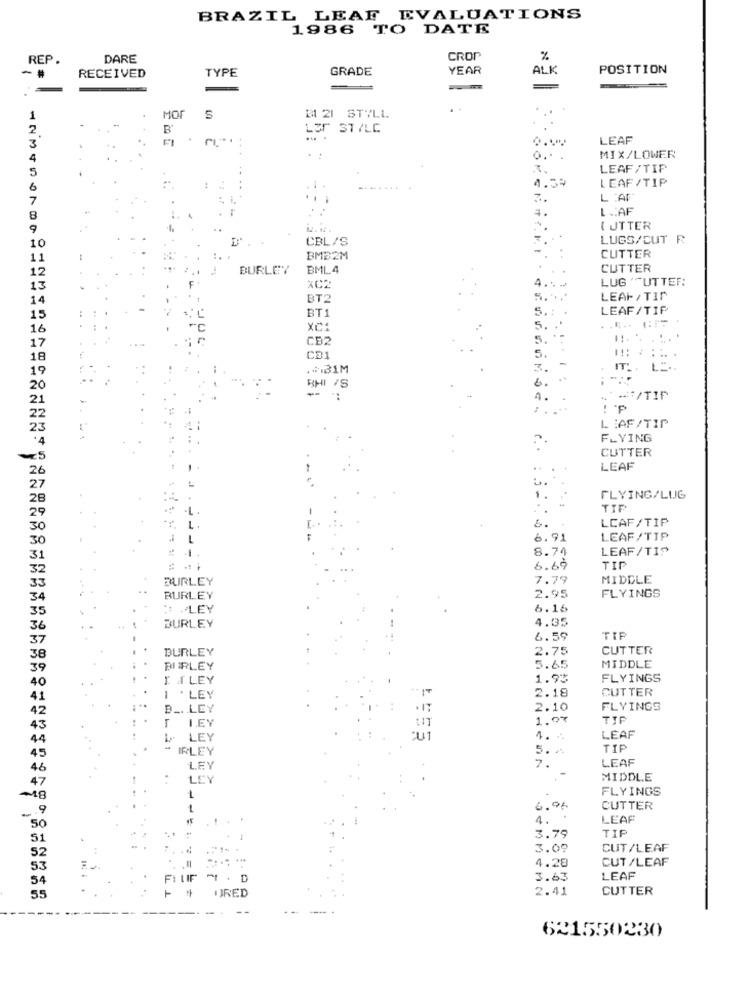
BRAZIL LEAF EVALUATIONS
1986 TO DATE
REP
DARE
CROP
%
GRADE
YEAR
ALK
POSITION
RECEIVED
TYPE
MOF
S
#1 21 STVLL
2
LET STILC
LEAF
3
4
O ..
MIX/LOWER
5
LEAF/TIP
4.59
LEAF/TIP
6
7
L :AF
L .. AF
8
4 .
9
{ JTTER
CBL/S
LUGS/CUT R
10
11
BMB2M
CUTTER
12
BURLEY
BML 4
CUTTER
LUG 'UTTER:
13
XC:
4 ...
14
BT2
5 ....
LEAF/ TIP
BT1
5 .:
LEAF/TIP
15
16
XC:
5.
CB2
5.
17
18
CD1
5.
19
... 31M
IT .. LE
6.
20
BHI /S
.- /TIF
LAF/TIP
..
FLYING
CUTTER
26
LEAF
2B
1.
FLYING/LUG
TIP
LCAF/TIP
&.
---
6.91
LEAF/TIP
8.74
LEAF/T19
-
6.69
TIP
BURLEY
7.79
MIDDLE
BURLEY
2.95
FLYINGS
35
:: PLEY
6.16
4.35
36
BURLEY
37
6.59
TIP
BURLEY
2.75
CUTTER
38
39
BURLEY
5.65
MIDDLE
40
I ILEY
1.93
FLYINGS
2.18
CUTTER
41
-
. LEY
42
B ... LEY
2.10
FLYINGS
LEY
1.07
TIP
LEY
:U1
4. ..
LEAF
IRLEY
5.4
TIP
LEAF
LEY
7.
-
..
LEY
MIDDLE
FLYINGS
18
-
1
6.96
CUTTER
. .
4.
.
LEAF
...
3.79
TIP
51
3.09
CUT/LEAF
CUT/LEAF
4.28
3.63
LEAF
URED
2.41
CUTTER
621550230